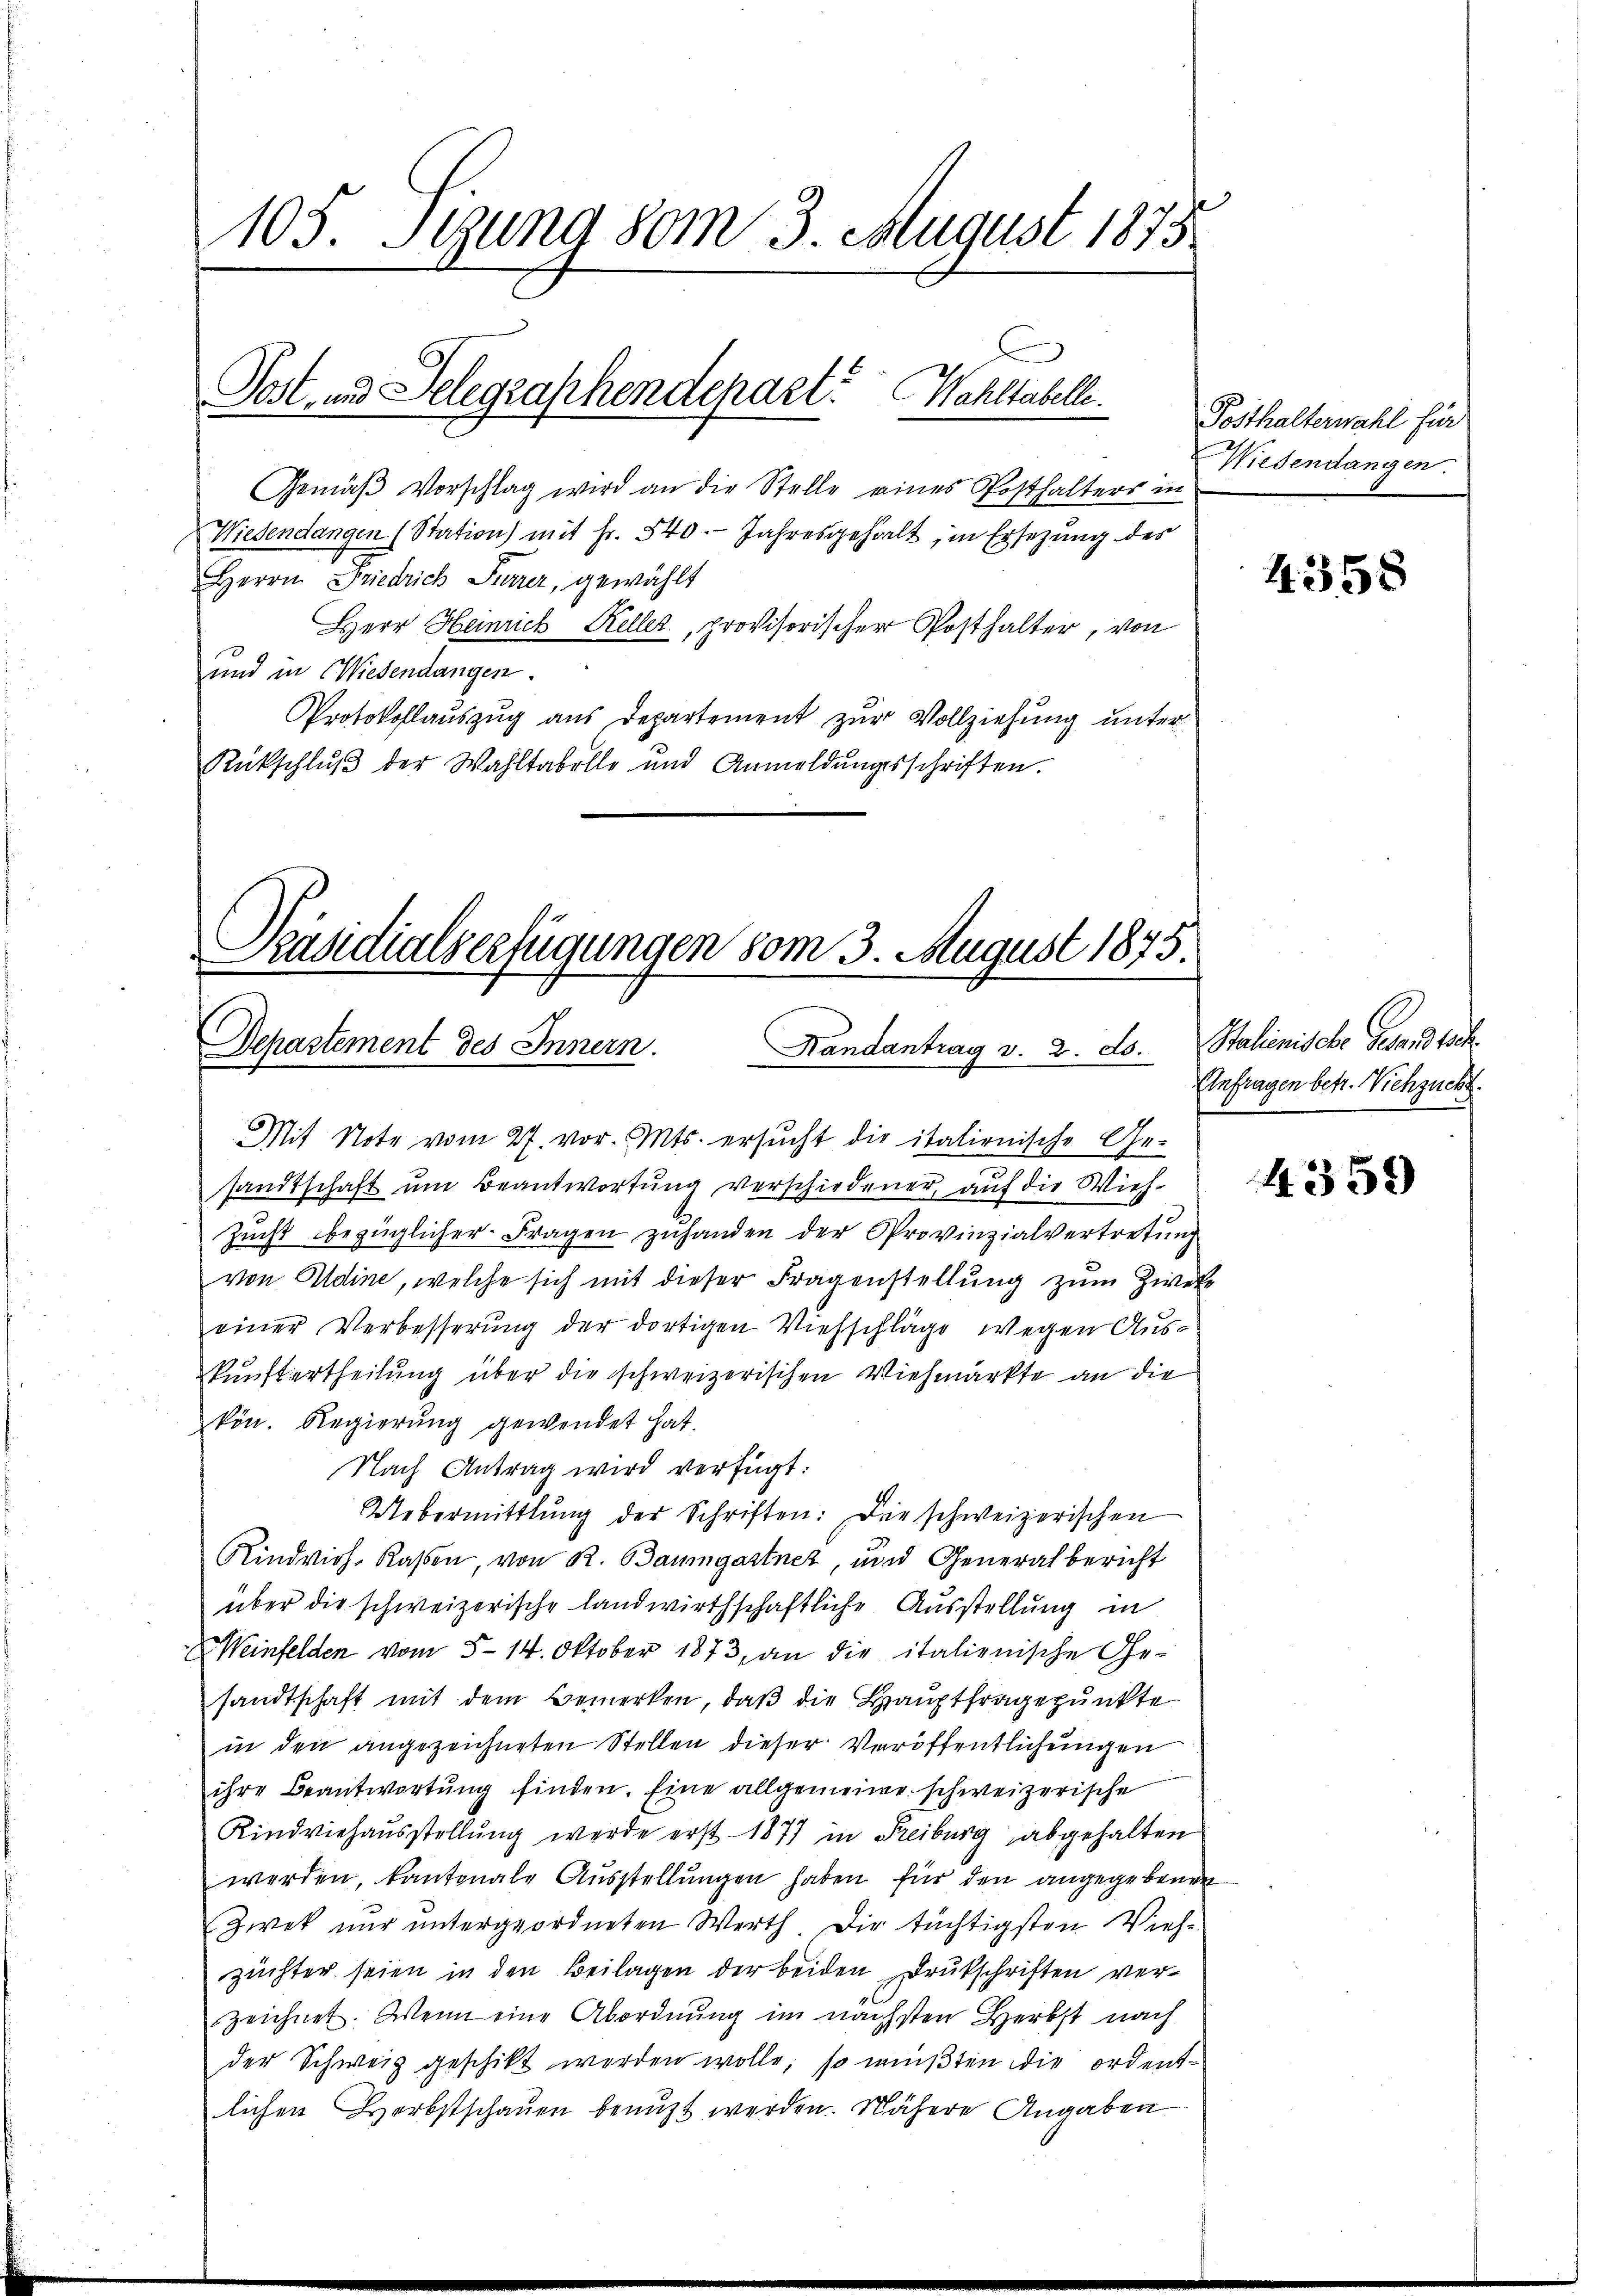
Post- und Delegraphendepart? Wahltabelle.

Mit Note vom 27. vor. Mts. ersucht die italienische Ge-

105. Segung vom 3. August 1873
Gemäß Vorschlag wird an die Stelle eines Posthalters in
Wiesendangen (Station) mit Fr. 540. Jahresgehalt, in Ersezung des
Herrn Friedrich Furrer, gewählt
Herr Heinrich Keller, provisorischer Posthalter, von
und in Wiesendangen.
Protokollauszug aus Departement zur Vollziehung unter
Rückschlŭβ der Wahltabelle und Anmeldŭngsschriften.
Präsidialverfügungen vom 3. August 1875.
Randantrag v. 2. ds. Stalienische Gesandtsch.
Departement des Innern.

sandtschaft um Beantwortung verschiedener, auf die Wich¬
Zucht bezüglicher Fragen zuhanden der Provinzialvertretung
von Adine, welche sich mit dieser Fragenstellung zum Zweite
einer Verbesserung der dortigen Viehschläge wegen Auskunftertheilung über die schweizerischen Viehmarkte an die
kön. Regierŭng gewendet hat.
Nach Antrag wird verfügt:
Uebermittlung der Schriften: Die schweizerischen
Rindvieh-Kassen, von R. Baumgartner, und Generalbericht
über die schweizerische landwirthschaftliche Ausstellung in
Weinfelden vom 5. 14. Oktober 1873, an die italienische Ge-
sandtschaft mit dem Bemerken, daß die Hauptfragepunkte
in den angezeichneten Stellen dieser Veröffentlichungen
ihre Beantwortŭng finden. Eine allgemeine schweizerische
Rindviehausstellung werde erst 1877 in Freiburg abgehalten
werden, kantonale Ausstellungen haben für den angegebenen
Zwek nur untergeordneten Werth Dir tüchtigsten Vieh-
züchter seien in den Beilagen der beiden Drukschriften ver-
zeichnet. Wenn eine Abordnung im nächsten Herbst nach
der Schweiz geschikt werden wolle, so müßten die ordentlichen Herbstschauen benuzt werden. Nähere Angaben

Posthalterwahl für
Wiesendangen.

4358

Anfragen betr. Viehzucht.

4359